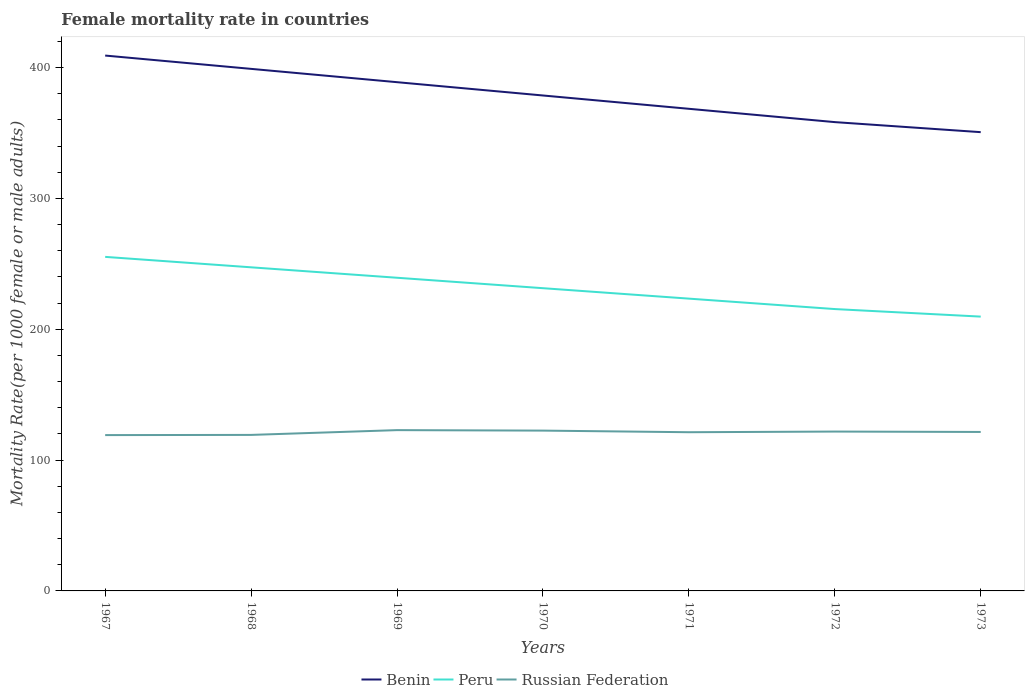
| Years | Benin | Peru | Russian Federation |
 | --- | --- | --- | --- |
 | 1967 | 409 | 255 | 119 |
 | 1968 | 399 | 247 | 119 |
 | 1969 | 389 | 239 | 123 |
 | 1970 | 379 | 231 | 123 |
 | 1971 | 368 | 223 | 121 |
 | 1972 | 358 | 215 | 122 |
 | 1973 | 351 | 210 | 121 |